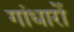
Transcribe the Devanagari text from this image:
गांधारों